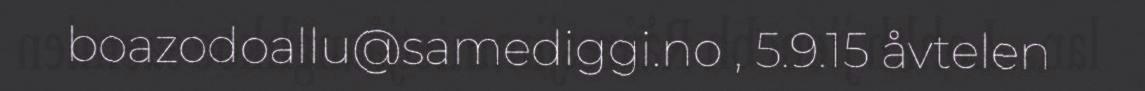
boazodoallu@samediggi.no , 5.9.15 åvtelen